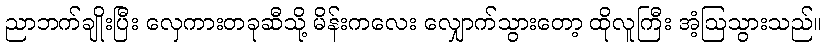
ညာဘက်ချိုးပြီး လှေကားတခုဆီသို့ မိန်းကလေး လျှောက်သွားတော့ ထိုလူကြီး အံ့ဩသွားသည်။